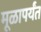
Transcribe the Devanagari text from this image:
मूळापर्यंत